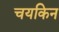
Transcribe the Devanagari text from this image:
चयकिन